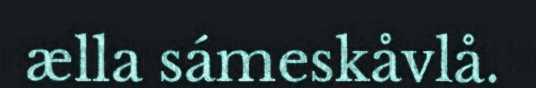
ælla sámeskåvlå.